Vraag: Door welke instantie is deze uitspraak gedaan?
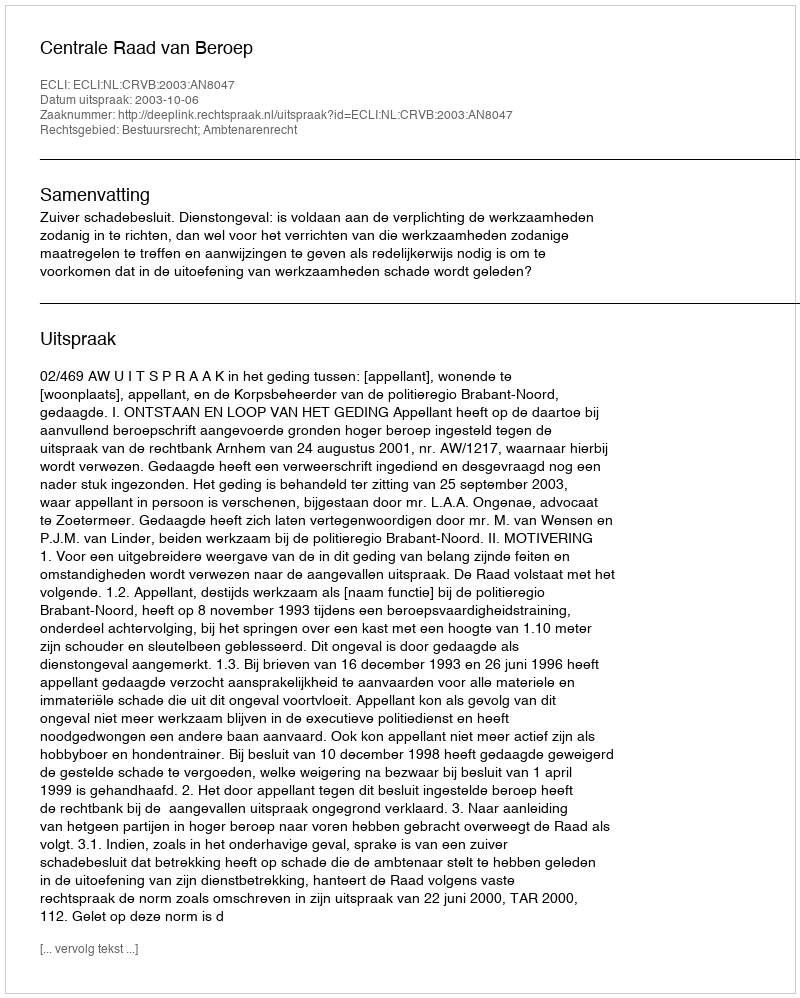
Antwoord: Centrale Raad van Beroep